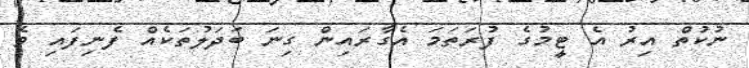
ނުކުތް އިރު އެ ޓީމުގެ ފުރަތަމަ އެގާރައިން ގިނަ ބަދަލުތަކެއް ފެނިފައި ވެ